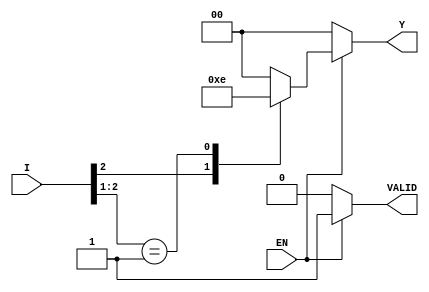
module one_of_n_encoder (
    input wire [3:0] I,      // 4 input lines
    input wire EN,           // Enable signal
    output reg [1:0] Y,      // 2 output lines
    output reg VALID         // Output valid indicator (1 if valid output)
);

    // combinational logic for encoding
    always @(*) begin
        if (!EN) begin
            Y = 2'b00;         // Set outputs to low when enable is not active
            VALID = 1'b0;      // No valid output
        end else begin
            VALID = 1'b1;      // Valid output when enabled
            casez (I)
                4'b????_1??: Y = 2'b11; // I3
                4'b???_01?: Y = 2'b10; // I2
                4'b??_001?: Y = 2'b01; // I1
                4'b0_0001: Y = 2'b00; // I0
                default: Y = 2'b00; // Default case for safety
            endcase
        end
    end
endmodule